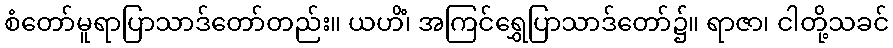
စံတော်မူရာပြာသာဒ်တော်တည်း။ ယဟိံ၊ အကြင်ရွှေပြာသာဒ်တော်၌။ ရာဇာ၊ ငါတို့သခင်